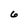
Character: 6